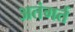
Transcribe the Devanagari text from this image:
अतंगर्त